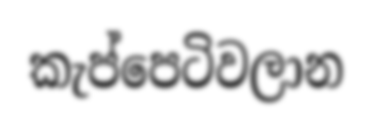
කැප්පෙටිවලාන